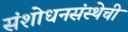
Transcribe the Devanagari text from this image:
संशोधनसंस्थेची